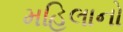
મહિલાનો